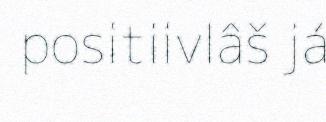
positiivlâš já